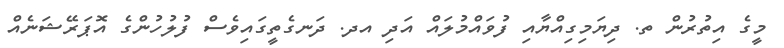
މީގެ އިތުރުން ތ. ދިޔަމިގިއްޔާއި ފުވައްމުލައް އަދި އދ. ދަނގެތީގައިވެސް ފުލުހުންގެ އޮޕަރޭޝަނެއް